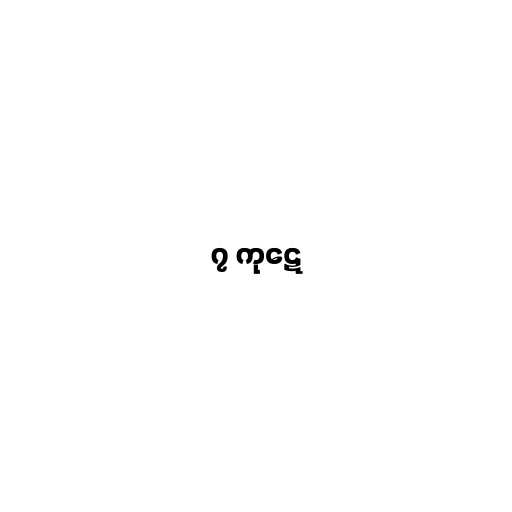
၇ ကုဋေ